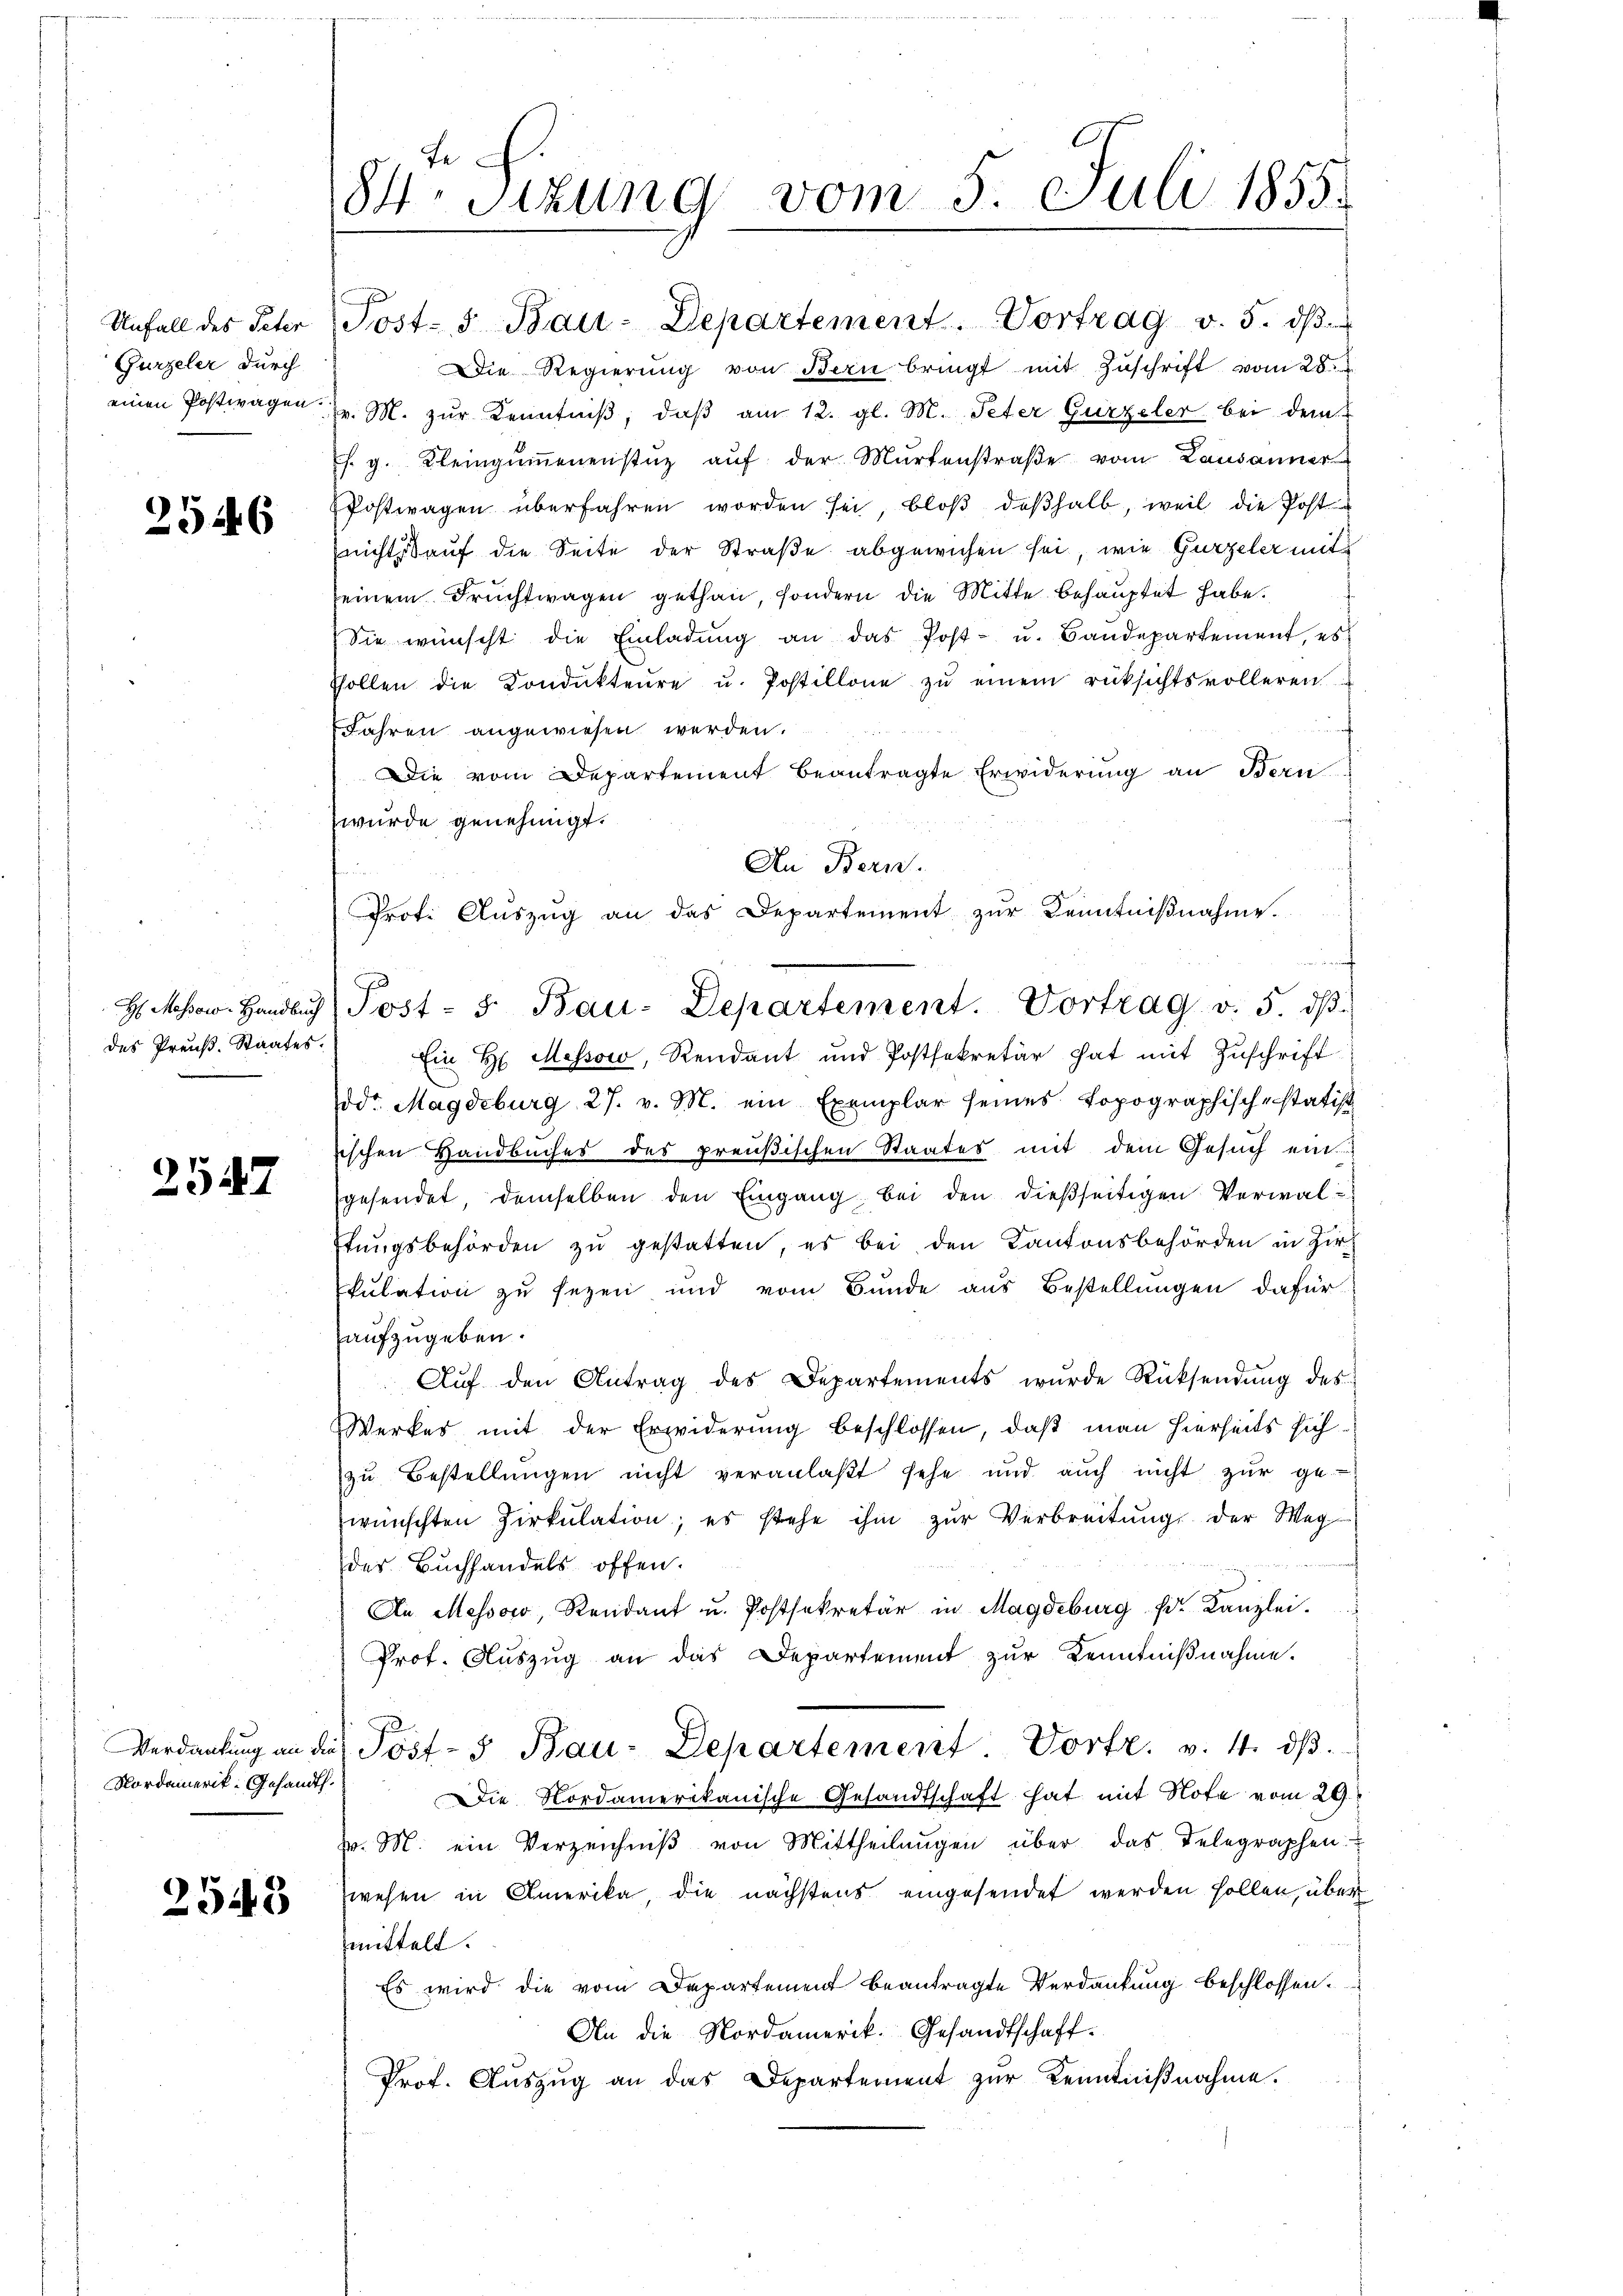
Unfall des Peter
Gurzeler durch
einen Postwagen.

2546

H: Massow, Handbuch
des Preuß. Staates.

2547

Nordamerik- Gesandt.

2543

te
84. Sizung vom 5. Juli 1855.

pr. M. zur Kenntniβ, daß am 12. gl. M. Peter Gurzeler bei dem
s. g. Kleingŭṁenenstüz aŭf der Mŭrtenstraβe vom Lausanner
Postwagen überfahren worden sei, bloß deßhalb, weil die Post
(nichtskauf die Seite der Straße abgewiesen sei, wie Gurzeler mit
seinem Früchtwagen gethan, sondern die Mitte behauptet habe.
Sie wünscht die Einladŭng an das Post- u. Bandepartement, es
shollen die Kondŭkteŭre u. Postillone zŭ einem rüksichtsvolleren
Jahren angewiesen werden.
Die vom Departement beantragte Erwiderung an Bern
wurde genehmigt.
Ein H. Messow, Rendant und Postsekretär hat mit Zuschrift
dr. Magdeburg 27. v. M. ein Exemplar seines Topographischenstatist
ischen Handbuches des preußischen Staates mit dem Gesŭch ein
gesendet, demselben den Eingang bei den dießseitigen Verwaltungsbehörden zu gestatten, es bei den Kantonsbehörden in Zir
kulation zu sezen und vom Bunde aus Bestellungen dafür
aufzugeben.
Aŭf den Antrag des Departements wŭrde Rücksendŭng des
Werker mit der Erwiderung beschlossen, daß man hierseits sichzu Bestellungen nicht veranlaßt sehe und auch nicht zur ge-
wünschten Zirkŭlation; er stehe ihm zŭr Verbreitŭng der Weg
der Buchhandels offen.
An Messor, Rendant u. Postsekretär in Magdeburg d. Kanzlei.
Prof. Auszug an das Departement zur Kenntnißnahme.
Verdankung an die Post- u Bau-Departement Porte. v. 4. dβ.
Die Nordamerikanische Gesandtschaft hat mit Note vom 29.
z. M. ein Verzeichniβ von Mittheilungen über das Telegraphen
zwesen in Amerika die nächstens eingesendet werden sollen, über
mittelt.
Es wird die vom Departement beantragte Verdankung beschlossen:
An die Nordamerik. Gesandtschaft.
Prof. Aŭszŭg an das Departement zur Kenntnißnahme.

Post- u Bau-Departement. Vortrag v. 5. dβ
Die Regierŭng von Bern bringt mit Zuschrift vom 28.

An Bern.
Prote Aŭszŭg an das Departement zŭr Kenntniβnahme.
f
Post- 5. Bau-Departement. Vortrag v. 5. dβ.